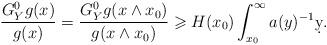
LaTeX: \begin{align*}\frac{G_Y^{0}g(x)}{g(x)}=\frac{G_Y^{0}g(x\wedge x_0)}{g(x\wedge x_0)}\geqslant H(x_0)\int_{x_0}^\infty a(y)^{-1} \d y.\end{align*}